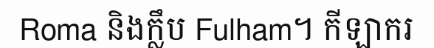
Roma និងក្លឹប Fulham។ កីឡាករ